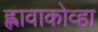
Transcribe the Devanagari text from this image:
ह्लावाकोव्हा